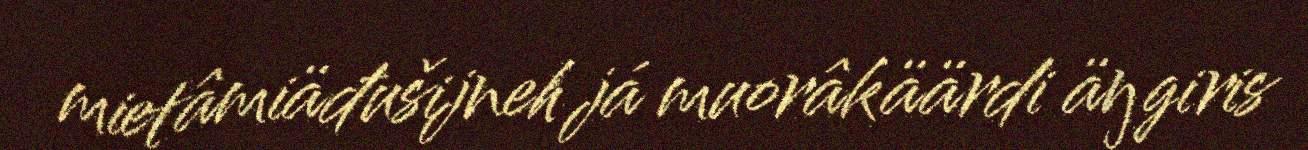
mietâmiäđušijneh já muorâkäärdi äŋgiris